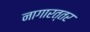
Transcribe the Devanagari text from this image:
नागारत्तर